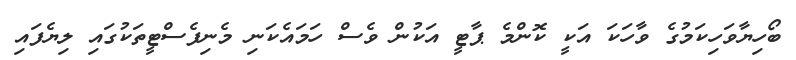
ބޯހިޔާވަހިކަމުގެ ވާހަކަ އަކީ ކޮންމެ ޕާޓީ އަކުން ވެސް ހަމައެކަނި މެނިފެސްޓީތަކުގައި ލިޔެފައި